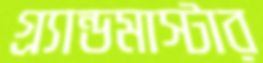
গ্র্যান্ডমাস্টার